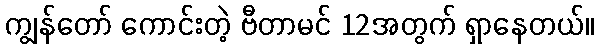
ကျွန်တော် ကောင်းတဲ့ ဗီတာမင် 12အတွက် ရှာနေတယ်။